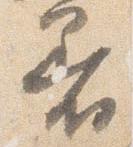
着